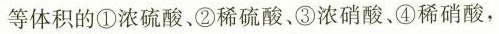
等体积的①浓硫酸、②稀硫酸、③浓硝酸、④稀硝酸，